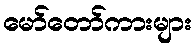
မော်တော်ကားများ